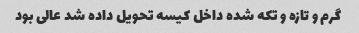
گرم و تازه و تکه شده داخل کیسه تحویل داده شد عالی بود